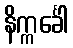
နိက္ကင်္ခေါ